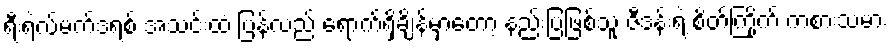
ရီးရဲလ်မက်ဒရစ် အသင်းထံ ပြန်လည် ရောက်ရှိချိန်မှာတော့ နည်းပြဖြစ်သူ ဇီဒန်းရဲ့ စိတ်ကြိုက် ကစားသမား